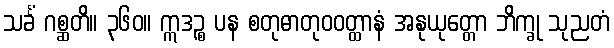
သင်္ခံ ဂစ္ဆတိ။ ၃၆၀။ ဣဒဉ္စ ပန စတုဓာတုဝဝတ္ထာနံ အနုယုတ္တော ဘိက္ခု သုညတံ